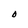
Character: O